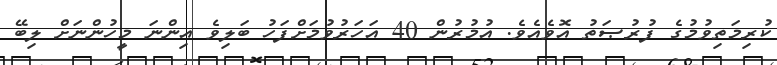
ކުރިމަތިވުމުގެ ފުރުޞަތު އޮވެއެވެ. އުމުރުން 40 އަހަރުވުމަށްފަހު ބަލިވެ އިންނަ މީހުންނަށް ލިބޭ